Report of the Indian Hemp Drugs Commission, 1894-1895 - Volume VII
Year: 1894
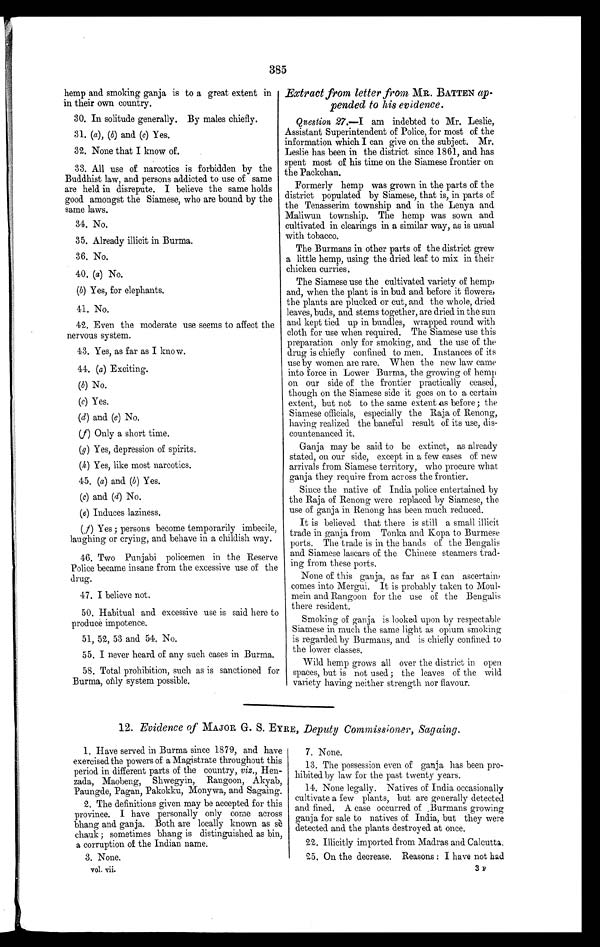
385
hemp and smoking ganja is to a great extent in
in their own country.
30. In solitude generally. By males chiefly.
31. (a) , (b) and (c) Yes.
32. None that I know of.
33. All use of narcotics is forbidden by the
Buddhist law, and persons addicted to use of same
are held in disrepute. I believe the same holds
good amongst the Siamese, who are bound by the
same laws.
34. No.
35. Already illicit in Burma.
36. No.
40. (a) No.
(b) Yes, for elephants.
41. No.
42. Even the moderate use seems to affect the
nervous system.
43. Yes, as far as I know.
44. (a) Exciting.
(b) No.
(c) Yes.
(d) and (e) No.
(f) Only a short time.
(g) Yes, depression of spirits.
(h) Yes, like most narcotics.
45. (a) and (b ) Yes.
(c) and (d) No.
(e) Induces laziness.
(f) Yes ; persons become temporarily imbecile,
laughing or crying, and behave in a childish way.
46. Two Punjabi policemen in the Reserve
Police became insane from the excessive use of the
drug.
47. I believe not.
50. Habitual and excessive use is said here to
produce impotence.
51, 52, 53 and 54. No.
55. I never heard of any such cases in Burma.
58. Total prohibition, such as is sanctioned for
Burma, only system possible.
Extract from letter from MR. BATTEN ap-
pended to his evidence.
Question 27.—I am indebted to Mr. Leslie,
Assistant Superintendent of Police, for most of the
information which I can give on the subject. Mr.
Leslie has been in the district since 1861, and has
spent most of his time on the Siamese frontier on
the Packchan.
Formerly hemp was grown in the parts of the
district populated by Siamese, that is, in parts of
the Tenasserim township and in the Lenya and
Maliwun township. The hemp was sown and
cultivated in clearings in a similar way, as is usual
with tobacco.
The Burmans in other parts of the district grew
a little hemp, using the dried leaf to mix in their
chicken curries.
The Siamese use the cultivated variety of hemp,
and, when the plant is in bud and before it flowers,
the plants are plucked or cut, and the whole, dried
leaves, buds, and stems together, are dried in the sun
and kept tied up in bundles, wrapped round with
cloth for use when required. The Siamese use this
preparation only for smoking, and the use of the
drug is chiefly confined to men. Instances of its
use by women are rare. When the new law came
into force in Lower Burma, the growing of hemp
on our side of the frontier practically ceased,
though on the Siamese side it goes on to a certain
extent, but not to the same extent as before; the
Siamese officials, especially the Raja of Renong,
having realized the baneful result of its use, dis-
countenanced it.
Ganja may be said to be extinct, as already
stated, on our side, except in a few cases of new
arrivals from Siamese territory, who procure what
ganja they require from across the frontier.
Since the native of India police entertained by
the Raja of Renong were replaced by Siamese, the
use of ganja in Renong has been much reduced.
It is believed that there is still a small illicit
trade in ganja from Tonka and Kopa to Burmese
ports. The trade is in the hands of the Bengalis
and Siamese lascars of the Chinese steamers trad-
ing from these ports.
None of this ganja, as far as I can ascertain,
comes into Mergui. It is probably taken to Moul-
mein and Rangoon for the use of the Bengalis
there resident.
Smoking of ganja is looked upon by respectable
Siamese in much the same light as opium smoking
is regarded by Burmans, and is chiefly confined to
the lower classes.
Wild hemp grows all over the district in open.
spaces, but is not used ; the leaves of the wild.
variety having neither strength nor flavour.
12. Evidence of MAJOR G. S. EYRE, Deputy Commissioner, Sagaing.
1. Have served in Burma since 1879, and have
exercised the powers of a Magistrate throughout this
period, in different parts of the country, viz., Hen-
zada, Maobeng, Shwegyin, Rangoon, Akyab,
Paungde, Pagan, Pakokku, Monywa, and Sagaing.
2. The definitions given may be accepted for this
province. I have personally only come across
bhang and ganja. Both are locally known as sè
chauk ; sometimes bhang is distinguished as bin,
a corruption of the Indian name.
3. None.
.
vol. vii.
7. None.
13. The possession even of ganja has been pro-
hibited by law for the past twenty years.
14. None legally. Natives of India occasionally
cultivate a few plants, but are generally detected
and fined. A case occurred of Burmans growing
ganja for sale to natives of India, but they were
detected and the plants destroyed at once.
22. Illicitly imported from Madras and Calcutta.
25. On the decrease. Reasons : I have not had
3F